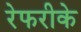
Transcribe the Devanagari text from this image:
रेफरीके